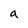
Character: a